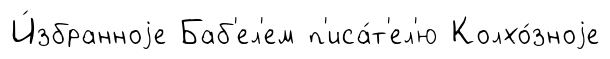
И́збранноjе Баб'ел'ем п'иса́т'ел'ю Колхо́зноjе